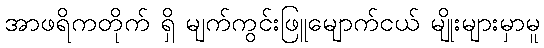
အာဖရိကတိုက် ရှိ မျက်ကွင်းဖြူမျောက်ငယ် မျိုးများမှာမူ